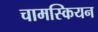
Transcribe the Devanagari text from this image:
चामस्कियन